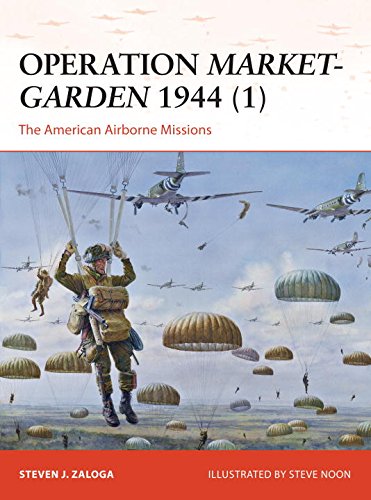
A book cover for Operation Market-Garden 1944 (1): The American Airborne Missions (Campaign); Steven Zaloga; History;